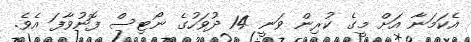
އެކަމަނާ އަށް މީގެ ކުރިން ވަނީ 14 ދުވަހުގެ ނޯޓިސް ފޮނުވާފަ އެވެ.